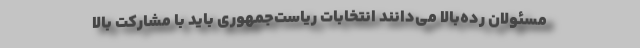
مسئولان رده‌بالا می‌دانند انتخابات ریاست‌جمهوری باید با مشارکت بالا